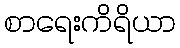
စာရေးကိရိယာ